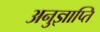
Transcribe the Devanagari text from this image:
अनुज्ञाप्ति